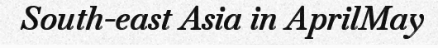
South-east Asia in AprilMay